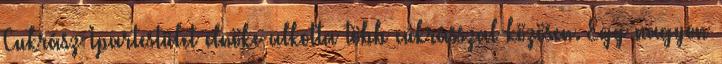
Cukrász Ipartestület elnöke alkotta több cukrásszal közösen. Egy nagyon